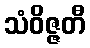
သံဝိဇ္ဇတီ